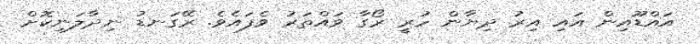
އައްޑޫއިން އައި އިރު ދިޔާން ހުރީ ރޯގާ ވައްތަރު ވެފައެވެ. ރޭގަނޑު ނިދާލަނިކޮށް